Leningradi_Edasi_toimetus, lk 235
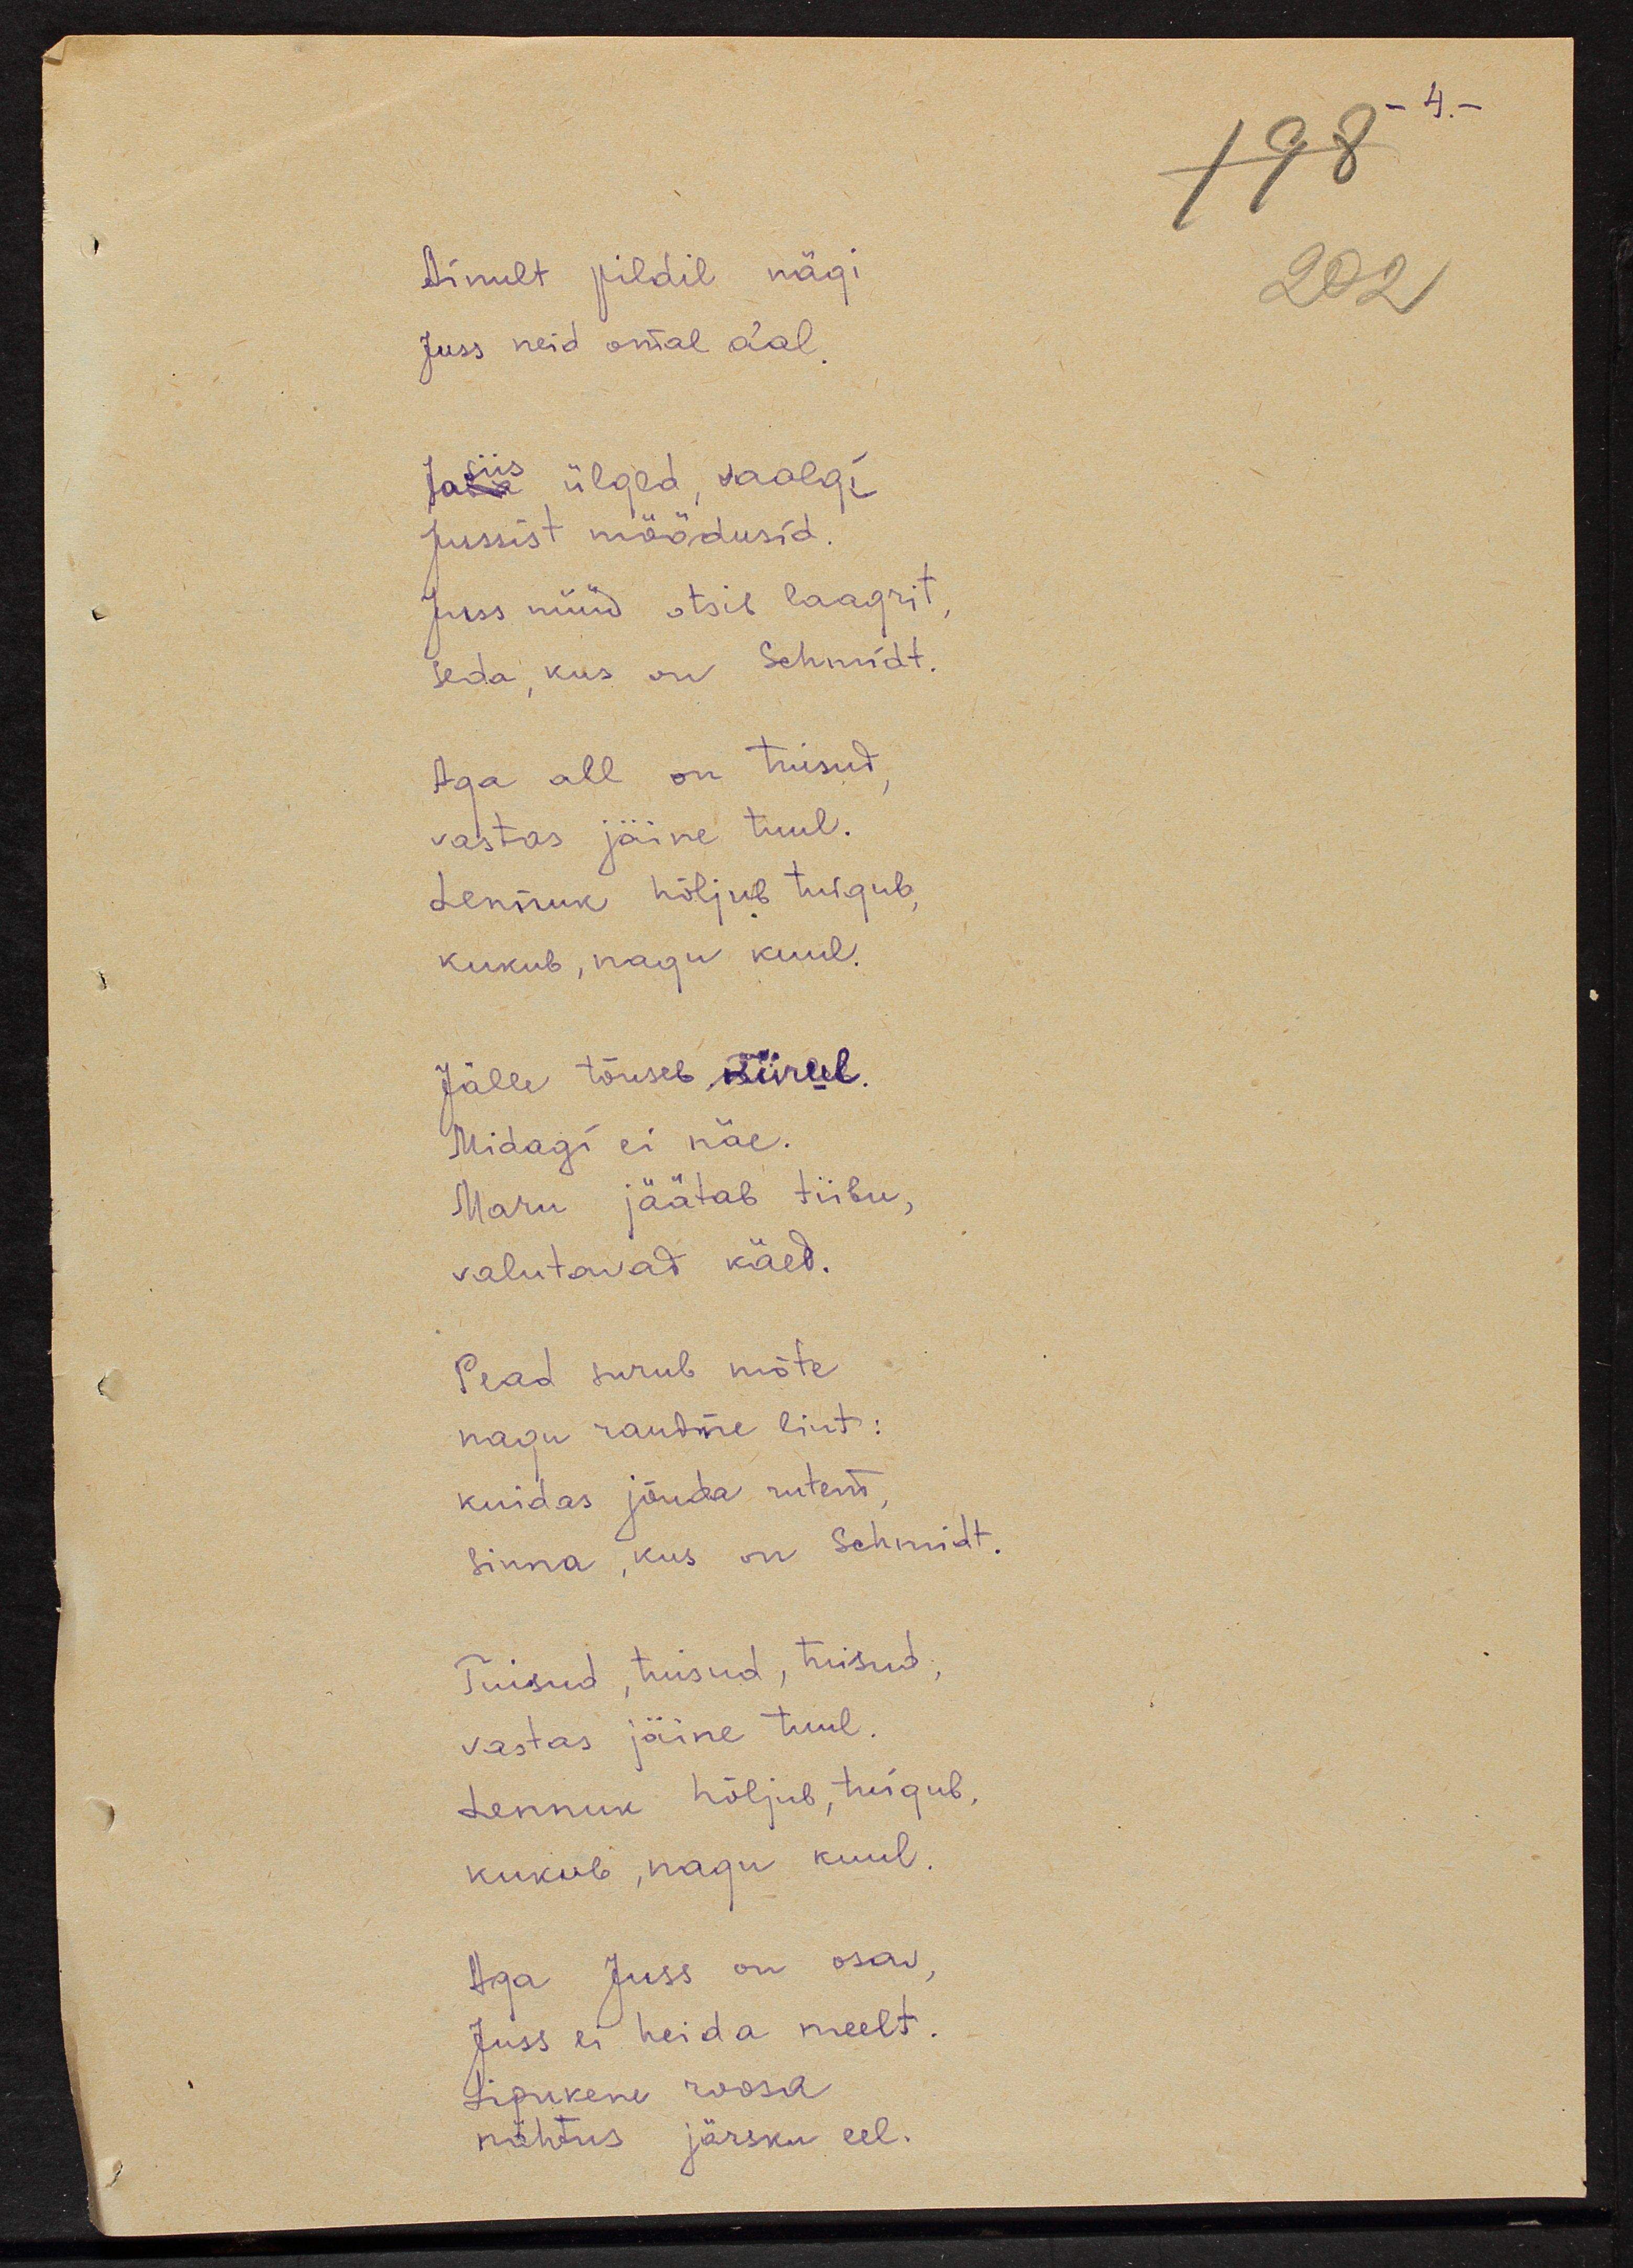
Ainult pildil mägi
Juss neid omal a'al.
Ja siis ülged, vaalgi
Jussist möödusid
Juss nüüd otsis laagrit,
seda, kus on Schmidt.
Aga all on tuisud
vastas jäine tuul.
Lennuk hõljul tuigub,
kukub, nagu kuul.
Jälle tõuseb, kiirleb.
Midagi ei näe.
Maru jäätab tiibu,
valutavad käed.
Pead surub mõte
nagu raudne lint:
kuidas jõuda rutem,
sinna, kus on Schmidt.
Tuisud, tuisud, tuisud,
vastas jäine tuul.
Lennuk hõljub, tuigub,
kukub, nagu kuul.
Aga Juss on osav,
Juss ei heida meelt.
Lipukene roosa
nähtus järsku eel.